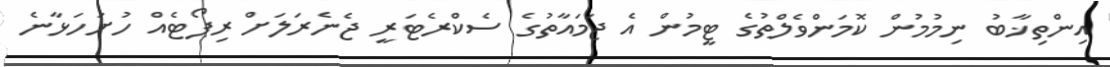
އިންތިޚާބު ނިމުމުން ކޮމަންވެލްތުގެ ޓީމުން އެ ޖަމައާތުގެ ސެކްރެޓަރީ ޖެނެރަލަށް ރިޕޯޓެއް ހުށަހަޅާނެ